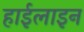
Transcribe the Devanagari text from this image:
हाईलाइन